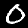
Digit: 0